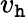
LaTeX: v_{\mathtt{h}}